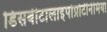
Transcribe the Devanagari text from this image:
डिसबीटालाइपोप्रोटीनेमिया